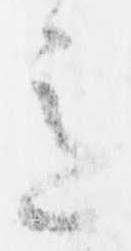
意